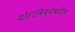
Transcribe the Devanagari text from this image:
योगविद्येवरील